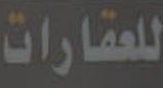
للعقارات